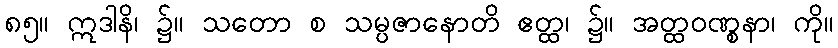
၈၅။ ဣဒါနိ၊ ၌။ သတော စ သမ္ပဇာနောတိ ဧတ္ထ၊ ၌။ အတ္ထဝဏ္စနာ၊ ကို။